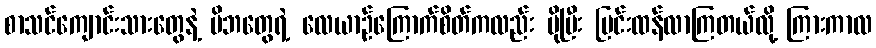
စာသင်ကျောင်းသားတွေနဲ့ မိဘတွေရဲ့ လေယာဉ်ကြောက်စိတ်ကလည်း ပိုပြီး ပြင်းထန်လာကြတယ်လို့ ကြားကာလ